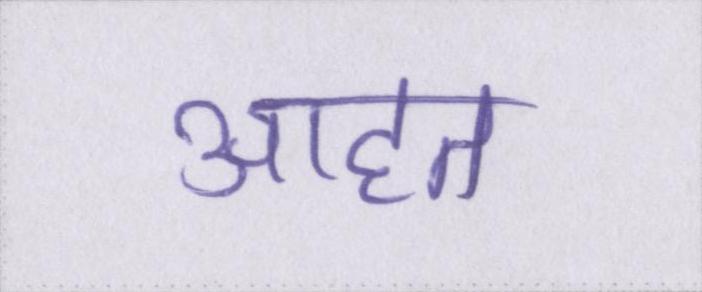
आहत